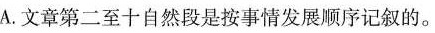
A.文章第二至十自然段是按事情发展序记叙的。